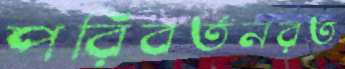
পরিবর্তনরত